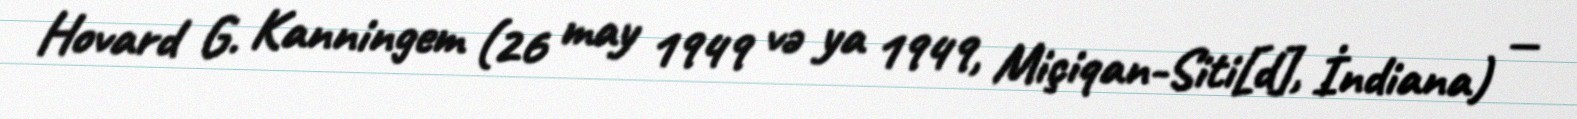
Hovard G. Kanningem (26 may 1949 və ya 1949, Miçiqan-Siti[d], İndiana) —